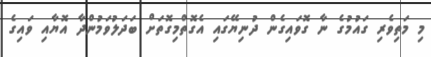
މި މަތިވެރި ގައުމުގެ ނާ ގޮވައިގެން ދުނިޔޭގައި އެގޮތްމިގޮތަށް ބަދަލުވަމުންދާ އޮޔާއި ވައިގެ